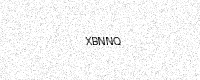
Text: XBNNQ